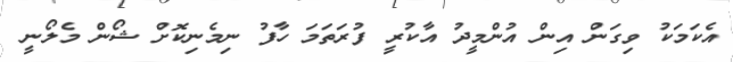
އެކަމަކު ވިގަން އިން އުންމީދު އާކުރީ ފުރަތަމަ ހާފު ނިމެނިކޮށް ޝޯން މެލޯނީ